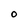
Character: o